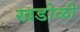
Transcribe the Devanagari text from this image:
खडोळी